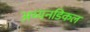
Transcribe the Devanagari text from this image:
अय्यनडिकल